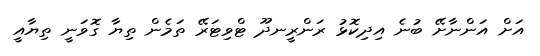
އަށް އަންނާށޭ ބުނެ އިދިކޮޅު ރަންރީނދޫ ޓްވިޓަރޭ ތަމެން ތިޔާ ގޮވަނީ ތިޔާއީ